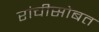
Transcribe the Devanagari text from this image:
रांचीसोबत